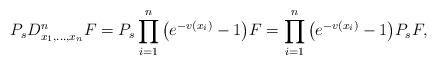
\begin{align*} P_sD^n_{x_1,\ldots,x_n}F=P_s\prod^n_{i=1}\big(e^{-v(x_i)}-1\big)F= \prod^n_{i=1}\big(e^{-v(x_i)}-1\big)P_sF,\end{align*}